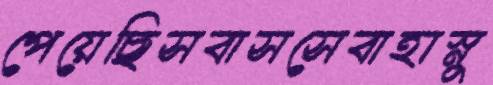
পেয়েছিসবাসসেবাহাস্নু